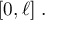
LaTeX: [ 0 , \ell ] ~ .